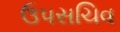
ઉપસચિવ